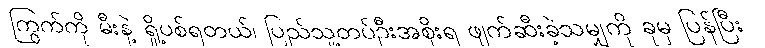
ကြွက်ကို မီးနဲ့ ရှို့ပစ်ရတယ်၊ ပြည်သူ့တပ်ဦးအစိုးရ ဖျက်ဆီးခဲ့သမျှကို ခုမှ ပြန်ပြီး